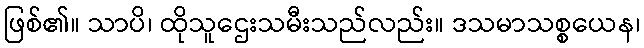
ဖြစ်၏။ သာပိ၊ ထိုသူဌေးသမီးသည်လည်း။ ဒသမာသစ္စယေန၊